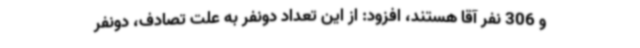
و 306 نفر آقا هستند، افزود: از این تعداد دونفر به علت تصادف، دونفر